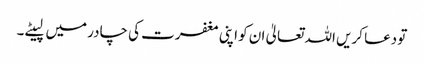
تو دعا کریں اللہ تعالیٰ ان کو اپنی مغفرت کی چادر میں لپیٹے۔